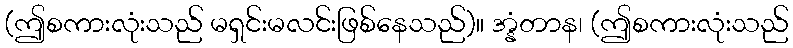
(ဤစကားလုံးသည် မရှင်းမလင်းဖြစ်နေသည်)။ အ္နံတာန၊ (ဤစကားလုံးသည်